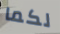
لكما